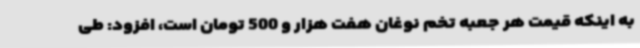
به اینکه قیمت هر جعبه تخم نوغان هفت هزار و 500 تومان است، افزود: طی